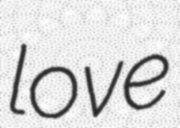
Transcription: love